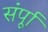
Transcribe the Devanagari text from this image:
संर्पूा